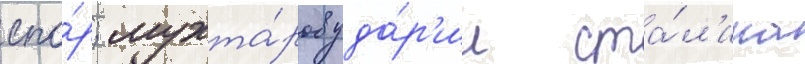
спо́р; мухта́ров уда́р'ил ста́л'ина